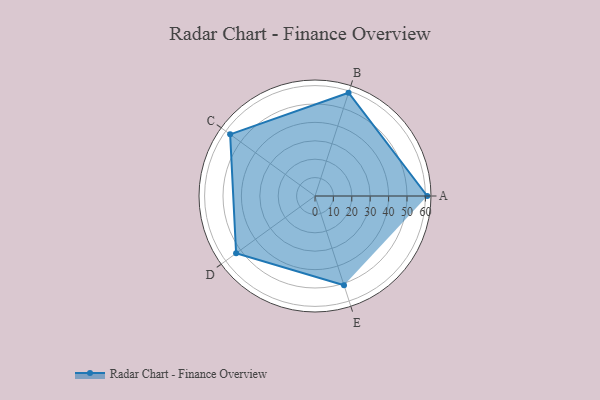
{"axis": {"x": "Skill", "y": "Score"}, "legend": ["Profile"], "data": [{"x": "A", "y": 61.0, "type": "Profile"}, {"x": "B", "y": 59.0, "type": "Profile"}, {"x": "C", "y": 57.0, "type": "Profile"}, {"x": "D", "y": 53.0, "type": "Profile"}, {"x": "E", "y": 51.0, "type": "Profile"}]}